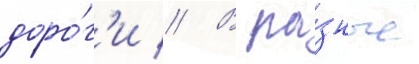
доро́г'и // В ра́зные